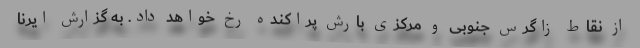
از نقاط زاگرس جنوبی و مرکزی بارش پراکنده رخ خواهد داد. به گزارش ایرنا